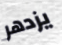
يزدهر